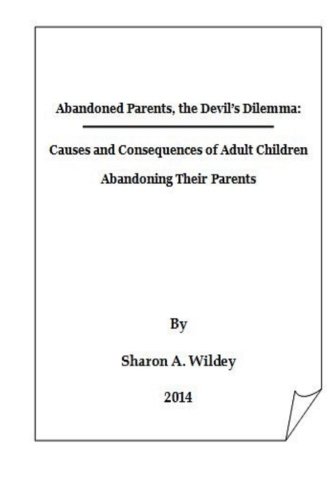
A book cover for Abandoned Parents:  The Devil's Dilemma: The Causes and Consequences of Adult Children Abandoning Their Parents; Sharon A Wildey; Parenting & Relationships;